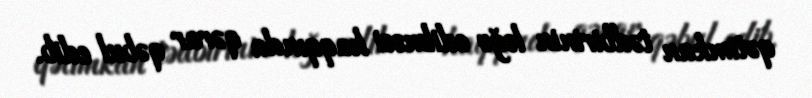
qətimkan tədbirinin ləğv edilməsi haqqında qərar qəbul edib.